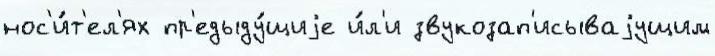
нос'и́т'ел'ях пр'едыду́щиjе и́л'и звукозап'исываjущим